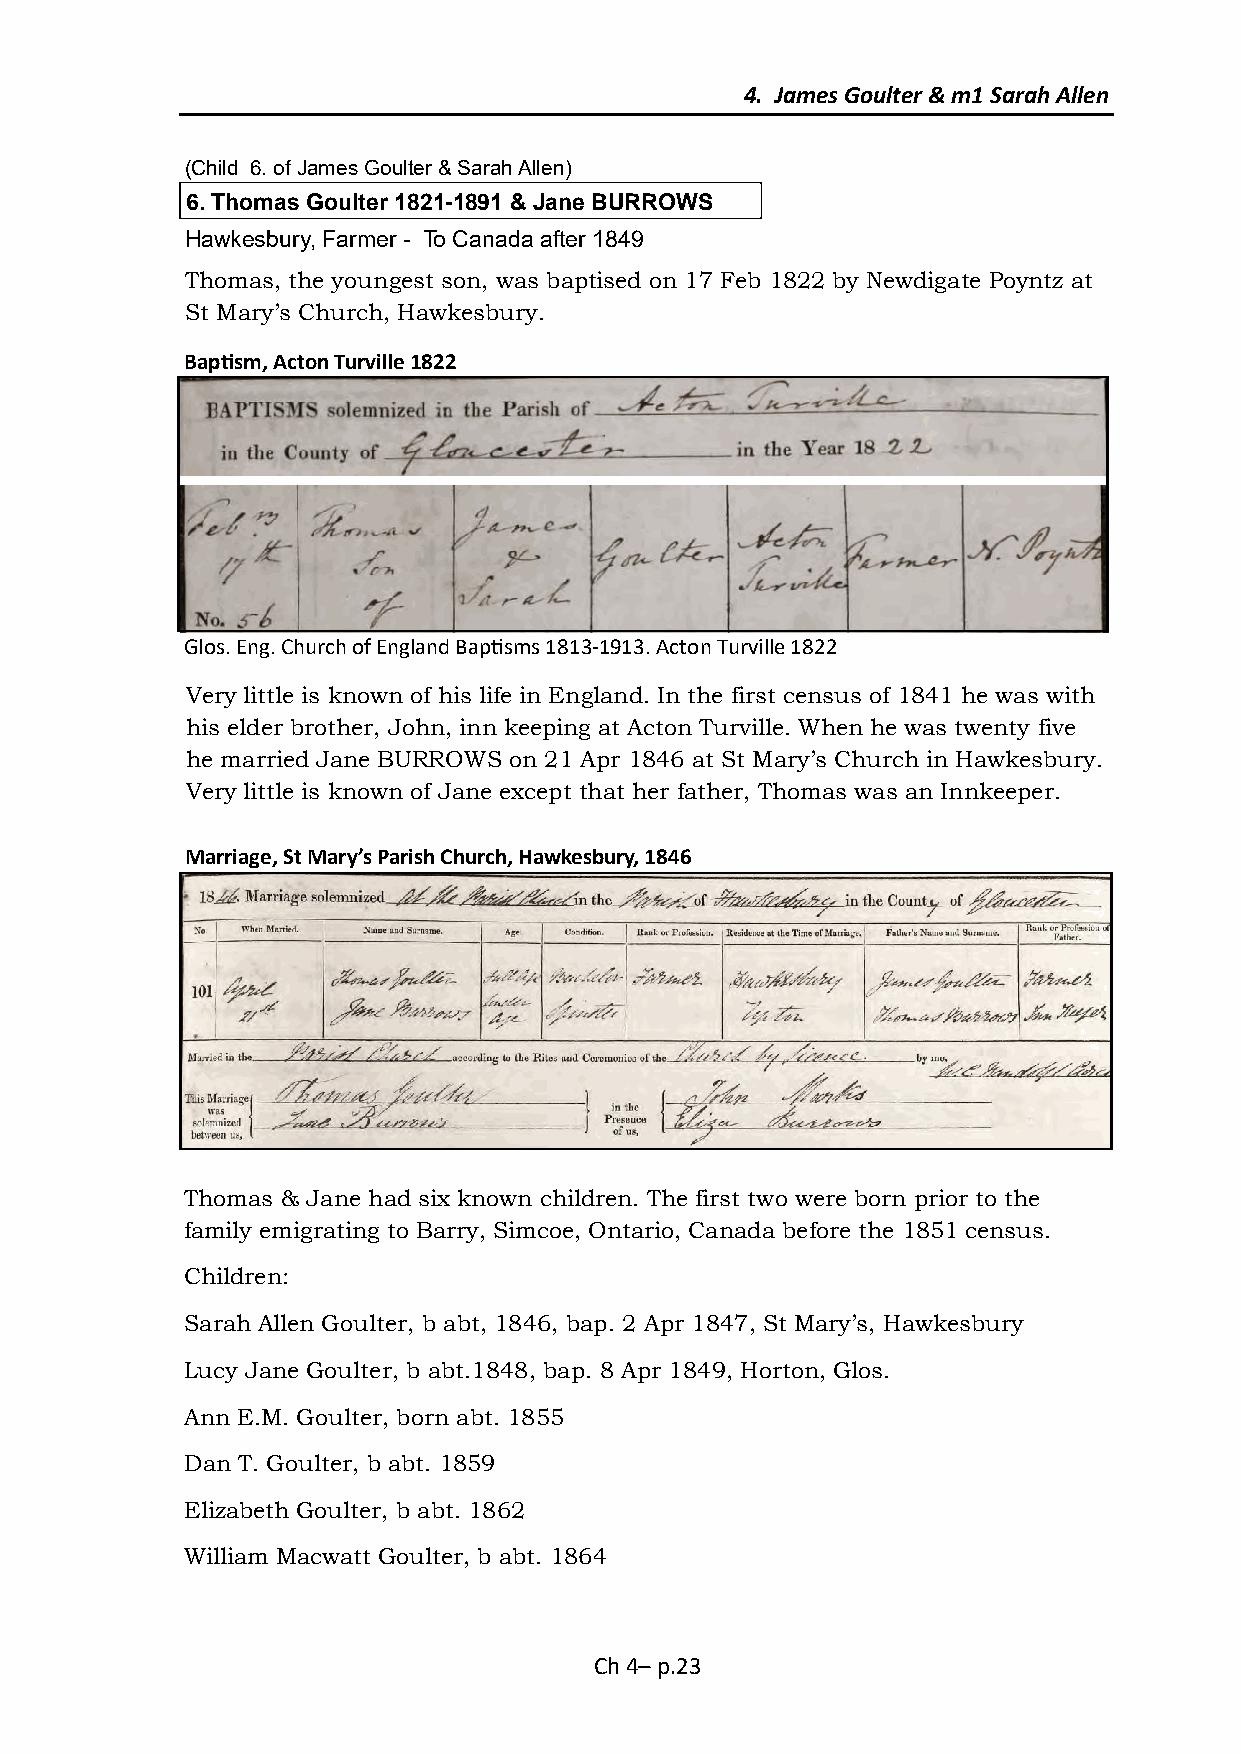
4. James Goulter & m1 Sarah Allen
 (Child 6. of James Goulter & Sarah Allen)
 6. Thomas Goulter 1821-1891 & Jane BURROWS
 Hawkesbury, Farmer - To Canada after 1849
 Thomas, the youngest son, was baptised on 17 Feb 1822 by Newdigate Poyntz at
 St Mary’s Church, Hawkesbury.
 Baptism, Acton Turville 1822
 Glos. Eng. Church of England Baptisms 1813-1913. Acton Turville 1822
 Very little is known of his life in England. In the first census of 1841 he was with
 his elder brother, John, inn keeping at Acton Turville. When he was twenty five
 he married Jane BURROWS on 21 Apr 1846 at St Mary’s Church in Hawkesbury.
 Very little is known of Jane except that her father, Thomas was an Innkeeper.
 Marriage, St Mary’s Parish Church, Hawkesbury, 1846
 Thomas & Jane had six known children. The first two were born prior to the
 family emigrating to Barry, Simcoe, Ontario, Canada before the 1851 census.
 Children:
 Sarah Allen Goulter, b abt, 1846, bap. 2 Apr 1847, St Mary’s, Hawkesbury
 Lucy Jane Goulter, b abt.1848, bap. 8 Apr 1849, Horton, Glos.
 Ann E.M. Goulter, born abt. 1855
 Dan T. Goulter, b abt. 1859
 Elizabeth Goulter, b abt. 1862
 William Macwatt Goulter, b abt. 1864
 Ch 4– p.23